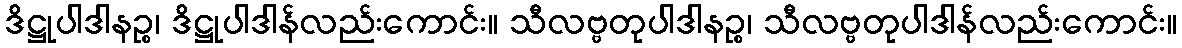
ဒိဋ္ဌုပါဒါနဉ္စ၊ ဒိဋ္ဌုပါဒါန်လည်းကောင်း။ သီလဗ္ဗတုပါဒါနဉ္စ၊ သီလဗ္ဗတုပါဒါန်လည်းကောင်း။